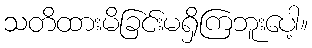
သတိထားမိခြင်းမရှိကြဘူးပေါ့။